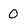
Character: 0